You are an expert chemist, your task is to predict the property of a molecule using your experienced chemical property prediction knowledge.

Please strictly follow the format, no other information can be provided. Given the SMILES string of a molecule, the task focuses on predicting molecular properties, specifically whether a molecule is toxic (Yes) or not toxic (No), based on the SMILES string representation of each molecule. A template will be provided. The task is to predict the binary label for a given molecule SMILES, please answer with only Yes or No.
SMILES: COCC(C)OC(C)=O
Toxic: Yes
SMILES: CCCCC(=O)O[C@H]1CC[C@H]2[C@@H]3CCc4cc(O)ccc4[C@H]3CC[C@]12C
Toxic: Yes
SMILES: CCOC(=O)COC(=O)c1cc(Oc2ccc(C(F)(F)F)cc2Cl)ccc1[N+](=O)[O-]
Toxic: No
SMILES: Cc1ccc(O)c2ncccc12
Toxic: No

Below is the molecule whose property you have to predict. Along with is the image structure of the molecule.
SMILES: Cc1cccc(S(=O)(=O)[O-])c1C
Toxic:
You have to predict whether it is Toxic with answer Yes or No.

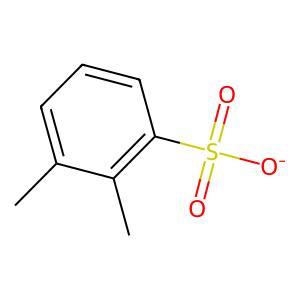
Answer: No